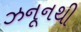
ઝનૂનથી